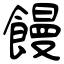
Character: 饅